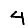
Digit: 4